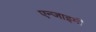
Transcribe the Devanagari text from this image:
एन्जाइमी